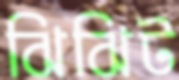
ঝিঝিট